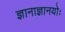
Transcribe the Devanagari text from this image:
ज्ञानाज्ञानयोः